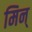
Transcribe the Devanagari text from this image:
मिन्‌